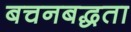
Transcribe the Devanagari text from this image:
बचनबद्धता